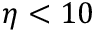
\eta < 1 0